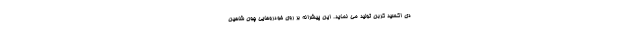
دی اکسید کربن تولید می نماید. این پیشرانه بر روی خودروهایی چون شاهین